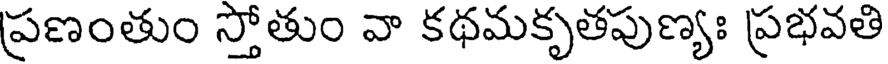
ప్రణంతుం స్తోతుం వా కథమకృతపుణ్యః ప్రభవతి